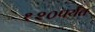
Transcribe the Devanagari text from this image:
१२०पर्यंत